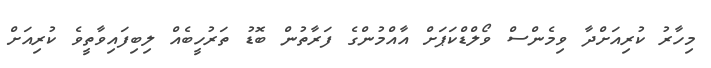
މިހާރު ކުރިއަށްދާ ވިމެންސް ވޯލްޑްކަޕަށް އާއްމުންގެ ފަރާތުން ބޮޑު ތަރުހީބެއް ލިބިފައިވާތީވެ ކުރިއަށް